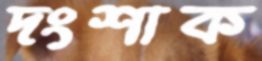
দংশাক